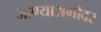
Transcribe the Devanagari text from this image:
जाण्याअगोदर